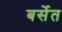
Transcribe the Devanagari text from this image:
बर्सेत